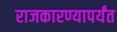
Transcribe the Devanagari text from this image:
राजकारण्यापर्यंत